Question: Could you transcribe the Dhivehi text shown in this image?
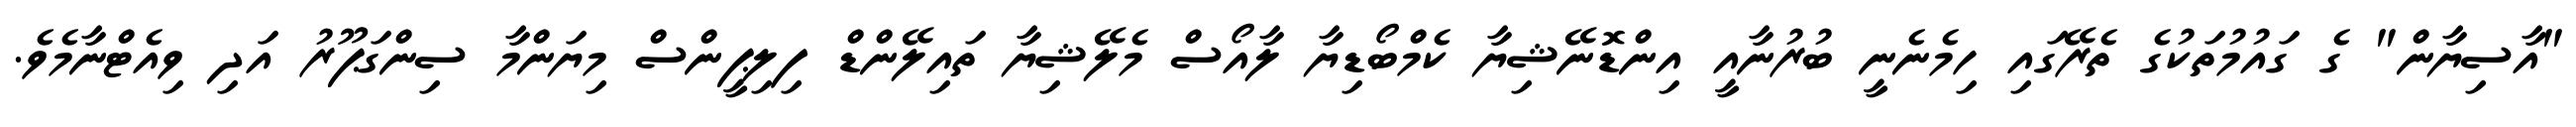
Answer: "އާސިޔާން" ގެ ގައުމުތަކުގެ ތެރޭގައި ހިމެނެނީ ބުރުނާއީ އިންޑޮނޭޝިޔާ ކެމްބޯޑިޔާ ލާއޯސް މެލޭޝިޔާ ތައިލޭންޑް ފިލިޕީންސް މިޔަންމާ ސިންގަޕޫރު އަދި ވިއެޓްނާމެވެ.